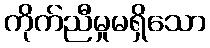
ကိုက်ညီမှုမရှိသော